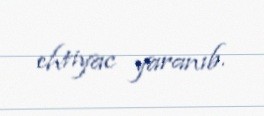
ehtiyac yaranıb.